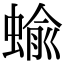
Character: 蝓